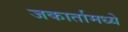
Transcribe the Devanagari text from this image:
जकार्तामध्ये